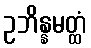
ဥဘိန္နမတ္ထံ